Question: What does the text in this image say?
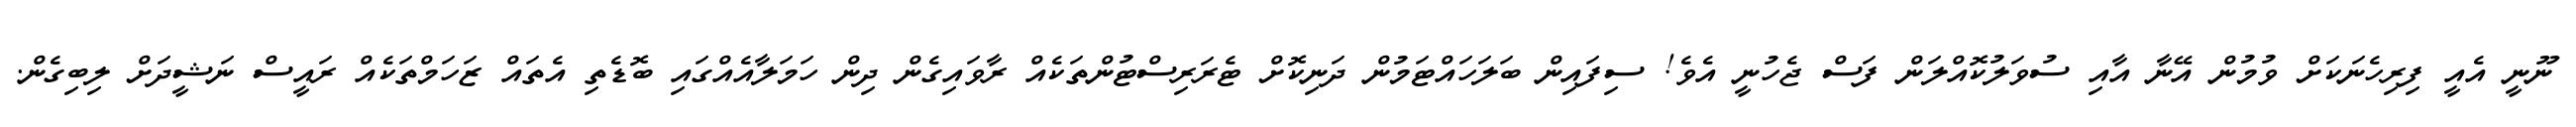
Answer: ނޫނީ އެއީ ފިރިހެނަކަށް ވުމުން އޭނާ އާއި ސުވަލުކޮއްލަން ފަސް ޖެހުނީ އެވެ! ސިފައިން ބަލަހައްޓަމުން ދަނިކޮށް ޓެރަރިސްޓުންތަކެއް ރާވައިގެން ދިން ހަމަލާއެއްގައި ބޮޑެތި އެތައް ޒަހަމްތަކެއް ރައީސް ނަޝީދަށް ލިބިގެން.